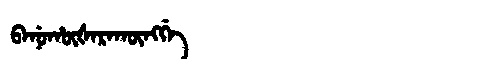
Manchu: ᠪᠠᠨᡠᡥᡡᡧᠠᡵᠠᡴᡡᠩᡤᡝ
Romanization: BANUHŪŠARAKŪNGGE